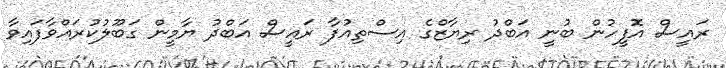
ރައީސް އޮފީހުން ބުނީ އަބްދު ރިޔާޒްގެ އިސްތިއުފާ ރައީސް އަބްދު ޔާމީން ގަބޫލުކުރައްވާފައިވާ